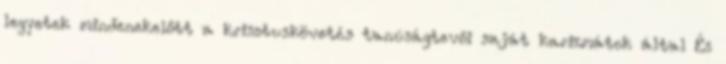
legyetek mindenekelőtt a krisztuskövetés tanúságtevői saját karizmátok által És